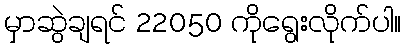
မှာဆွဲချရင် 22050 ကိုရွေးလိုက်ပါ။